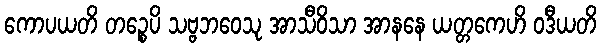
ကောပယတိ တဉ္စေပိ သဗ္ဗဘဝေသု အာသီဝိသာ အာနနေ ယတ္တကေဟိ ဝဒီယတိ